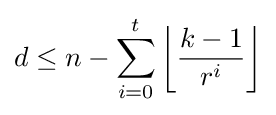
d\leq n-\sum _{i=0}^{t}\left\lfloor {\frac {k-1}{r^{i}}}\right\rfloor